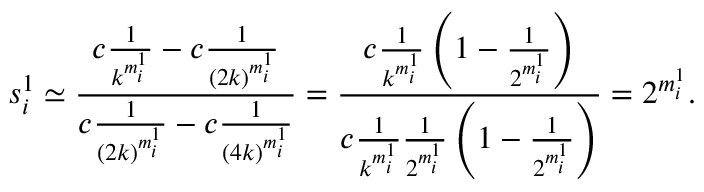
s _ { i } ^ { 1 } \simeq \frac { c \frac { 1 } { k ^ { m _ { i } ^ { 1 } } } - c \frac { 1 } { \left( 2 k \right) ^ { m _ { i } ^ { 1 } } } } { c \frac { 1 } { \left( 2 k \right) ^ { m _ { i } ^ { 1 } } } - c \frac { 1 } { \left( 4 k \right) ^ { m _ { i } ^ { 1 } } } } = \frac { c \frac { 1 } { k ^ { m _ { i } ^ { 1 } } } \left( 1 - \frac { 1 } { 2 ^ { m _ { i } ^ { 1 } } } \right) } { c \frac { 1 } { k ^ { m _ { i } ^ { 1 } } } \frac { 1 } { 2 ^ { m _ { i } ^ { 1 } } } \left( 1 - \frac { 1 } { 2 ^ { m _ { i } ^ { 1 } } } \right) } = 2 ^ { m _ { i } ^ { 1 } } .